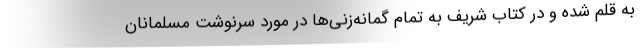
به قلم شده و در کتاب شریف به تمام گمانه‌زنی‌ها در مورد سرنوشت مسلمانان